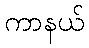
ကာနယ်